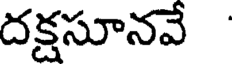
దక్షసూనవే